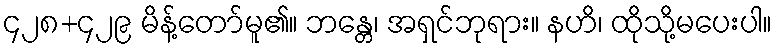
၄၂၈+၄၂၉ မိန့်တော်မူ၏။ ဘန္တေ၊ အရှင်ဘုရား။ နဟိ၊ ထိုသို့မပေးပါ။